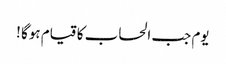
یوم جب الحساب کا قیام ہوگا !